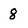
Character: 8